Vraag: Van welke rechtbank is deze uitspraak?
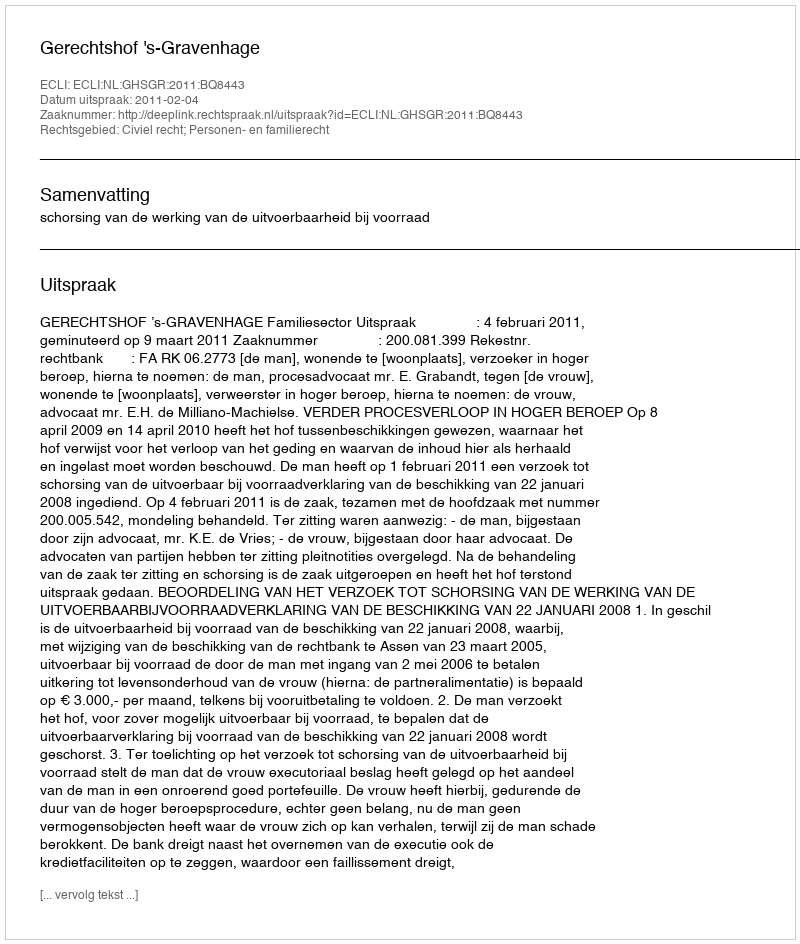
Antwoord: Gerechtshof 's-Gravenhage